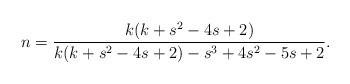
LaTeX: \begin{align*} n=\frac{k(k+s^2-4s+2)}{k(k+s^2-4s+2)-s^3+4s^2-5s+2}.\end{align*}